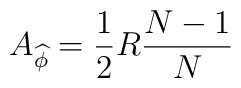
A_{\widehat{\phi }}=\frac{1}{2}R\frac{N-1}{N}